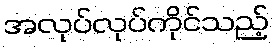
အလုပ်လုပ်ကိုင်သည့်